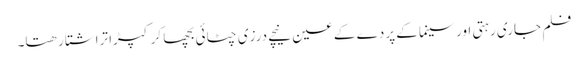
فلم جاری رہتی اور سینما کے پردے کے عین نیچے درزی چٹائی بچھا کر کپڑا تراشتا رھتا۔